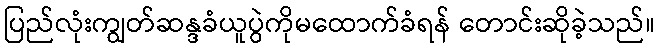
ပြည်လုံးကျွတ်ဆန္ဒခံယူပွဲကိုမထောက်ခံရန် တောင်းဆိုခဲ့သည်။